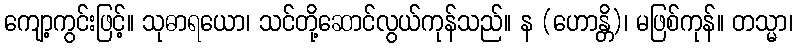
ကျော့ကွင်းဖြင့်။ သုဓာရယော၊ သင်တို့ဆောင်လွယ်ကုန်သည်။ န (ဟောန္တိ)၊ မဖြစ်ကုန်။ တသ္မာ၊